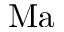
\mathrm { M a }